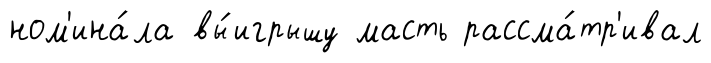
ном'ина́ла вы́игрышу масть рассма́тр'ивал